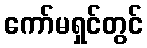
ကော်မရှင်တွင်